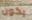
يكون